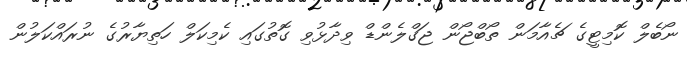
ނޯބެލް ކޮމިޓީގެ ޗެއާމަން ތޯބްޖޯން ޖަގްލެންޑް ވިދާޅުވި ގޮތުގައި ކެމިކަލް ހަތިޔާރުގެ ނުރައްކަލުން